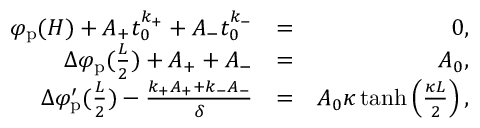
\begin{array} { r l r } { \varphi _ { \mathrm { p } } ( H ) + A _ { + } t _ { 0 } ^ { k _ { + } } + A _ { - } t _ { 0 } ^ { k _ { - } } } & { = } & { 0 , } \\ { \Delta \varphi _ { \mathrm { p } } ( \frac { L } { 2 } ) + A _ { + } + A _ { - } } & { = } & { A _ { 0 } , } \\ { \Delta \varphi _ { \mathrm { p } } ^ { \prime } ( \frac { L } { 2 } ) - \frac { k _ { + } A _ { + } + k _ { - } A _ { - } } { \delta } } & { = } & { A _ { 0 } \kappa \operatorname { t a n h } \left( \frac { \kappa L } { 2 } \right) , } \end{array}